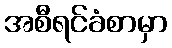
အစီရင်ခံစာမှာ